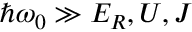
\hbar \omega _ { 0 } \gg E _ { R } , U , J